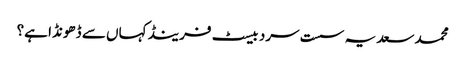
محمد سعد یہ سست سرد بیسٹ فرینڈ کہاں سے ڈھونڈا ہے؟